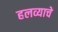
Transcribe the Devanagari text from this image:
हलव्याचे